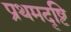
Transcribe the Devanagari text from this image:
प्रथमदृष्टि